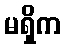
မရှိက